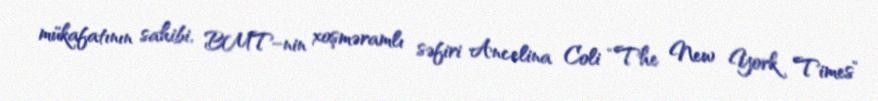
mükafatının sahibi, BMT–nin xoşməramlı səfiri Ancelina Coli “The New York Times”